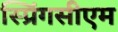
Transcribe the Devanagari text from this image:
स्प्रिंगसीएम